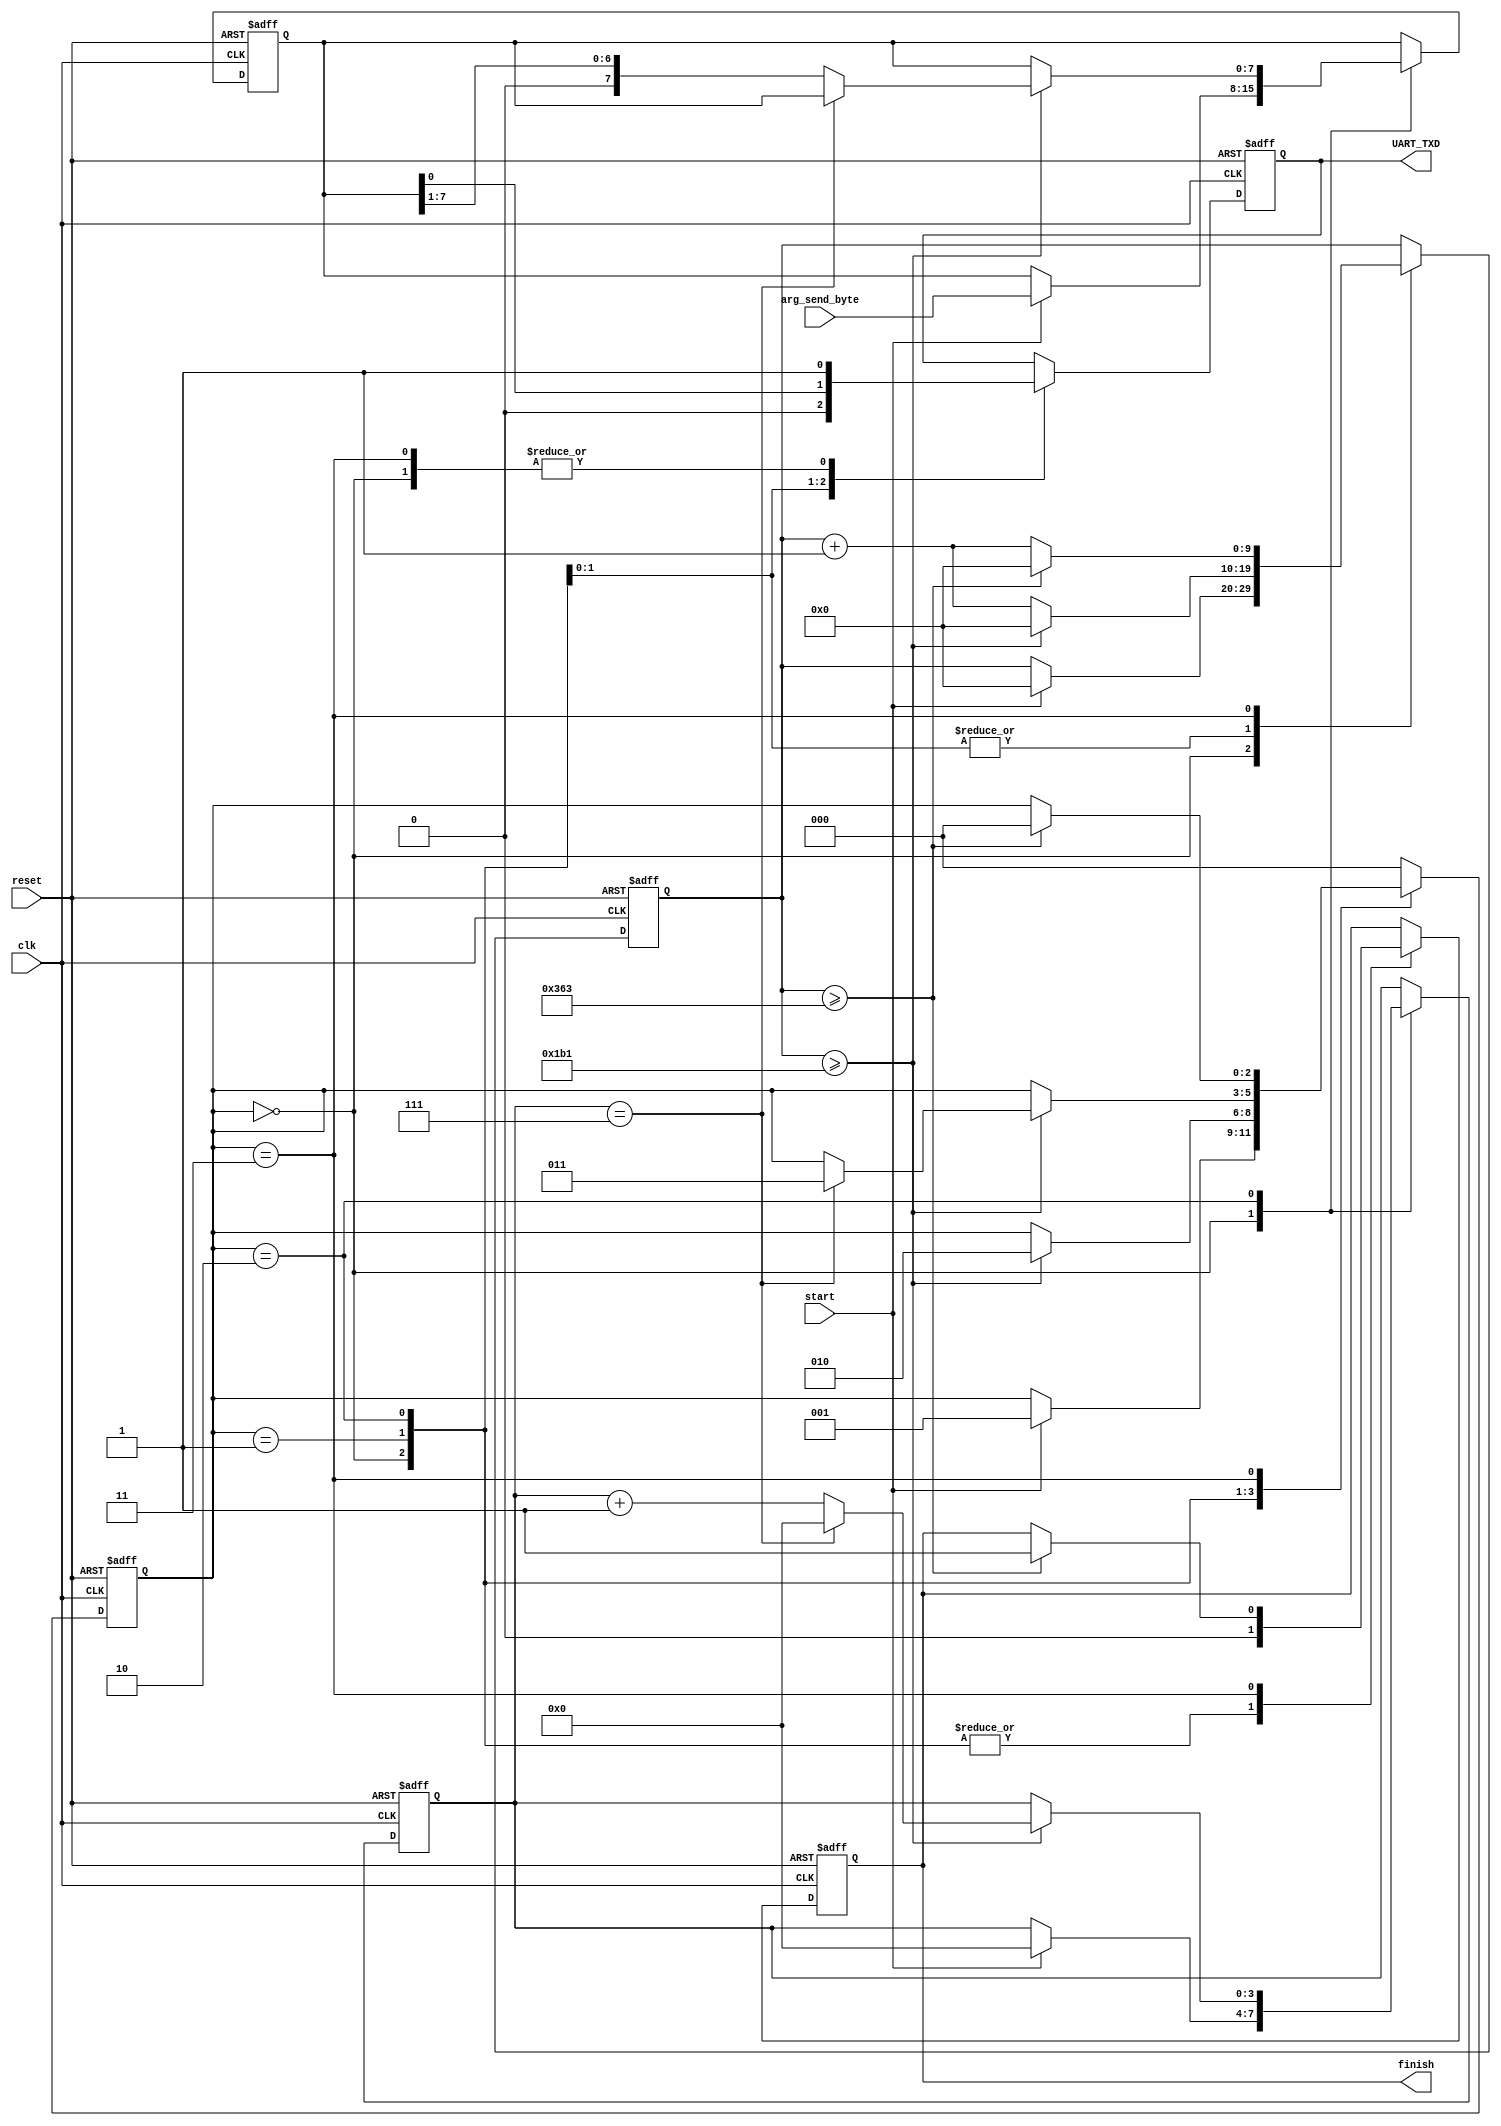
`timescale 1 ns / 1 ns
//`define TX_CLOCK_RATE 10'd521	// 60MHz clock
//`define TX_CLOCK_RATE 10'd564	// 65MHz clock
//`define TX_CLOCK_RATE 10'd347	// 40MHz clock
`define TX_CLOCK_RATE 10'd434 // 50MHz clock
//`define TX_CLOCK_RATE 10'd217
module sendUART
(
	clk,
	reset,
	finish,
	start,
	arg_send_byte,
	UART_TXD

);
input clk,reset,start;
input [7:0] arg_send_byte;
output reg finish;
output UART_TXD;

reg [2:0] TX_state;
parameter S_TX_IDLE = 3'd0, S_TX_start_BIT = 3'd1, S_bitstosend = 3'd2, S_TX_STOP_BIT = 3'd3;

reg [7:0] data_buffer;
reg [3:0] data_count;
reg [9:0] clk_count;
reg writevalue;
assign UART_TXD = writevalue;

always @ (posedge clk or posedge reset) begin
	if (reset) begin
		data_buffer <= 8'h00;
		writevalue <= 1'b1;
		data_count <= 4'h0;
		TX_state <= S_TX_IDLE;
		finish <= 1'b1;
		clk_count <= 10'h000;
	end else begin
			case (TX_state)
			S_TX_IDLE: begin
				writevalue <= 1'b1;
				finish <= 1'b0;
			
				if (start == 1'b1) begin
					// start detected, prepare to send
					data_buffer <= arg_send_byte;
					TX_state <= S_TX_start_BIT;
					clk_count <= 10'h000;
					data_count <= 4'h0;
				end
			end
			S_TX_start_BIT: begin
				// Send the start bit
				writevalue <= 1'b0;
				finish <= 1'b0;
				if (clk_count >= `TX_CLOCK_RATE - 1) begin
					TX_state <= S_bitstosend;
					clk_count <= 10'd0;
				end else begin
					clk_count <= clk_count + 10'd1;
				end
			end
			S_bitstosend: begin
				// Repeat here until the 8 bit data is sent
				writevalue <= data_buffer[0];
				finish <= 1'b0;
				if (clk_count >= `TX_CLOCK_RATE - 1) begin
					clk_count <= 10'd0;
					if (data_count == 4'd7) begin
						TX_state <= S_TX_STOP_BIT;
						data_count <= 4'd0;
					end else begin
						data_count <= data_count + 4'd1;
						data_buffer <= {1'b0, data_buffer[7:1]};
					end
				end else begin
					clk_count <= clk_count + 10'd1;
				end
				
			end
			S_TX_STOP_BIT: begin
				// This is the stop bit
				writevalue <= 1'b1;
				if (clk_count >= `TX_CLOCK_RATE * 2 - 1) begin
					finish <= 1'b1;
					clk_count <= 10'd0;
					TX_state <= S_TX_IDLE;
				end else begin
					clk_count <= clk_count + 10'd1;
				end
				
			end
			default: TX_state <= S_TX_IDLE;
			endcase
	end
end

endmodule